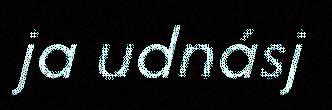
ja udnásj